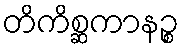
တိကိစ္ဆကာနဉ္စ